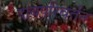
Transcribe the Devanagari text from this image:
दाबपरिवर्तन